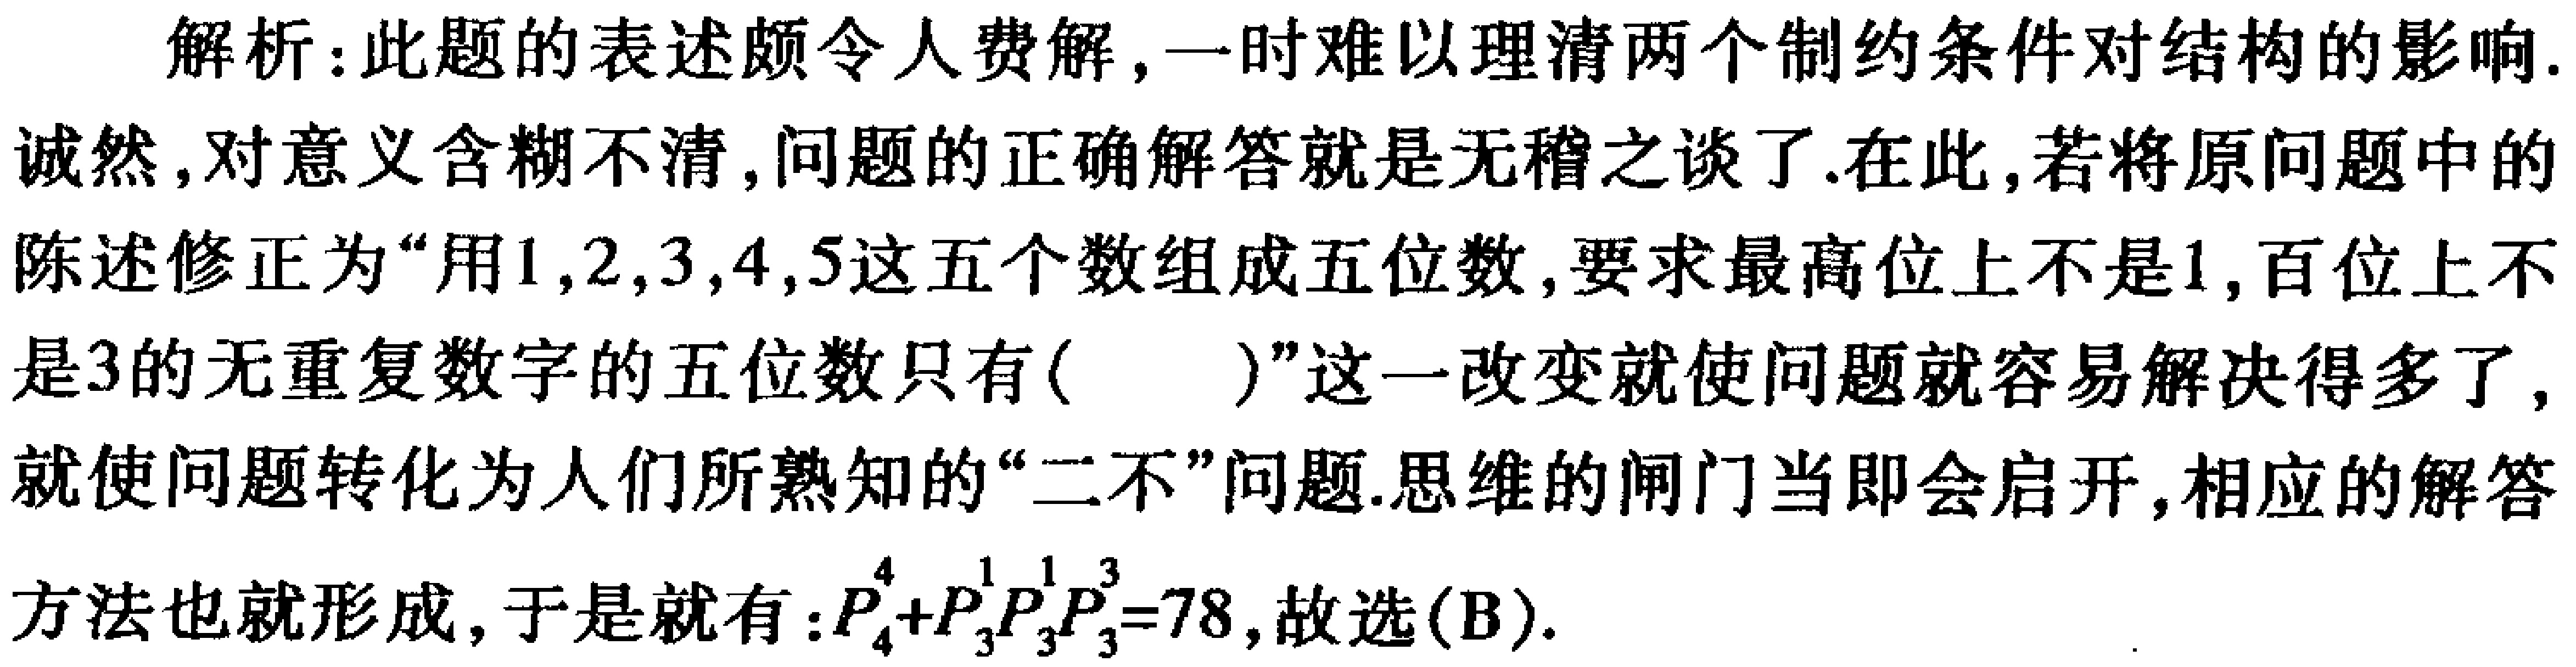
解析：此题的表述颇令人费解,一时难以理清两个制约条件对结构的影响.
诚然,对意义含糊不清,问题的正确解答就是无稽之谈了.在此,若将原问题中的
陈述修正为“用\(1,2,3,4,5\)这五个数组成五位数,要求最高位上不是\(1\),百位上不
是\(3\)的无重复数字的五位数只有( )”这一改变就使问题就容易解决得多了,
就使问题转化为人们所熟知的“二不”问题.思维的闸门当即会启开,相应的解答
方法也就形成,于是就有：\(P_{4}^{4}+P_{3}^{1}P_{3}^{1}P_{3}^{3}=78\),故选(B).